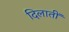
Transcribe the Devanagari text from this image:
दिलातीं